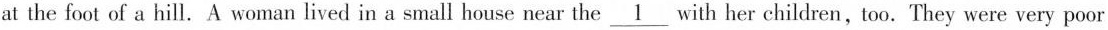
at the foot of a hill. A woman lived in a small house near the \underline{1} with her children,too. They were very poor